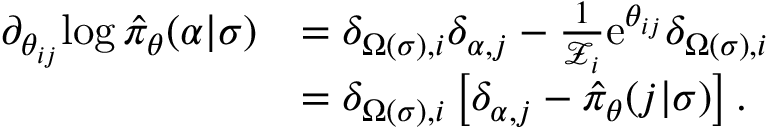
\begin{array} { r l } { \partial _ { \theta _ { i j } } \! \log \hat { \pi } _ { \boldsymbol { \theta } } ( \alpha \vert \sigma ) } & { = \delta _ { \Omega ( \sigma ) , i } \delta _ { \alpha , j } - \frac { 1 } { \mathcal { Z } _ { i } } \mathrm { e } ^ { \theta _ { i j } } \delta _ { \Omega ( \sigma ) , i } } \\ & { = \delta _ { \Omega ( \sigma ) , i } \left[ \delta _ { \alpha , j } - \hat { \pi } _ { \boldsymbol { \theta } } ( j \vert \sigma ) \right] . } \end{array}